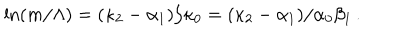
LaTeX: \ln ( m / \Lambda ) = ( \kappa _ { 2 } - \alpha _ { 1 } ) / \kappa _ { 0 } = ( \kappa _ { 2 } - \alpha _ { 1 } ) / \alpha _ { 0 } \beta _ { 1 } \, .